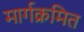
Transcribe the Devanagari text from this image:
मार्गक्रमित